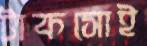
টাকসোই